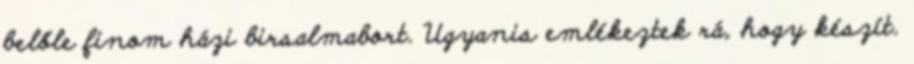
belőle finom házi birsalmabort. Ugyanis emlékeztek rá, hogy készít.